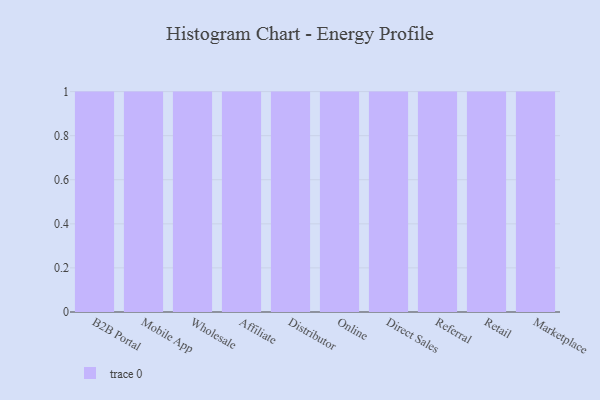
{"axis": {"x": "Channel", "y": "Population (Million)"}, "legend": [""], "data": [{"x": "B2B Portal", "y": 42, "type": ""}, {"x": "Mobile App", "y": 62, "type": ""}, {"x": "Wholesale", "y": 65, "type": ""}, {"x": "Affiliate", "y": 20, "type": ""}, {"x": "Distributor", "y": 27, "type": ""}, {"x": "Online", "y": 41, "type": ""}, {"x": "Direct Sales", "y": 88, "type": ""}, {"x": "Referral", "y": 71, "type": ""}, {"x": "Retail", "y": 59, "type": ""}, {"x": "Marketplace", "y": 5, "type": ""}]}